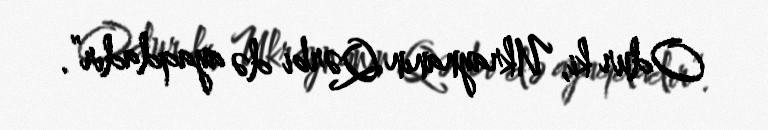
Odur ki, Ukraynanın Qərbi də ayaqdadır”.